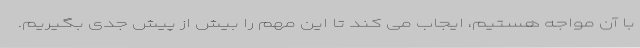
با آن مواجه هستیم، ایجاب می کند تا این مهم را بیش از پیش جدی بگیریم.